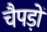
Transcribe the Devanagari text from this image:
चैपड़ों